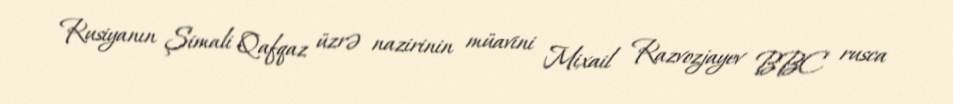
Rusiyanın Şimali Qafqaz üzrə nazirinin müavini Mixail Razvozjayev BBC rusca